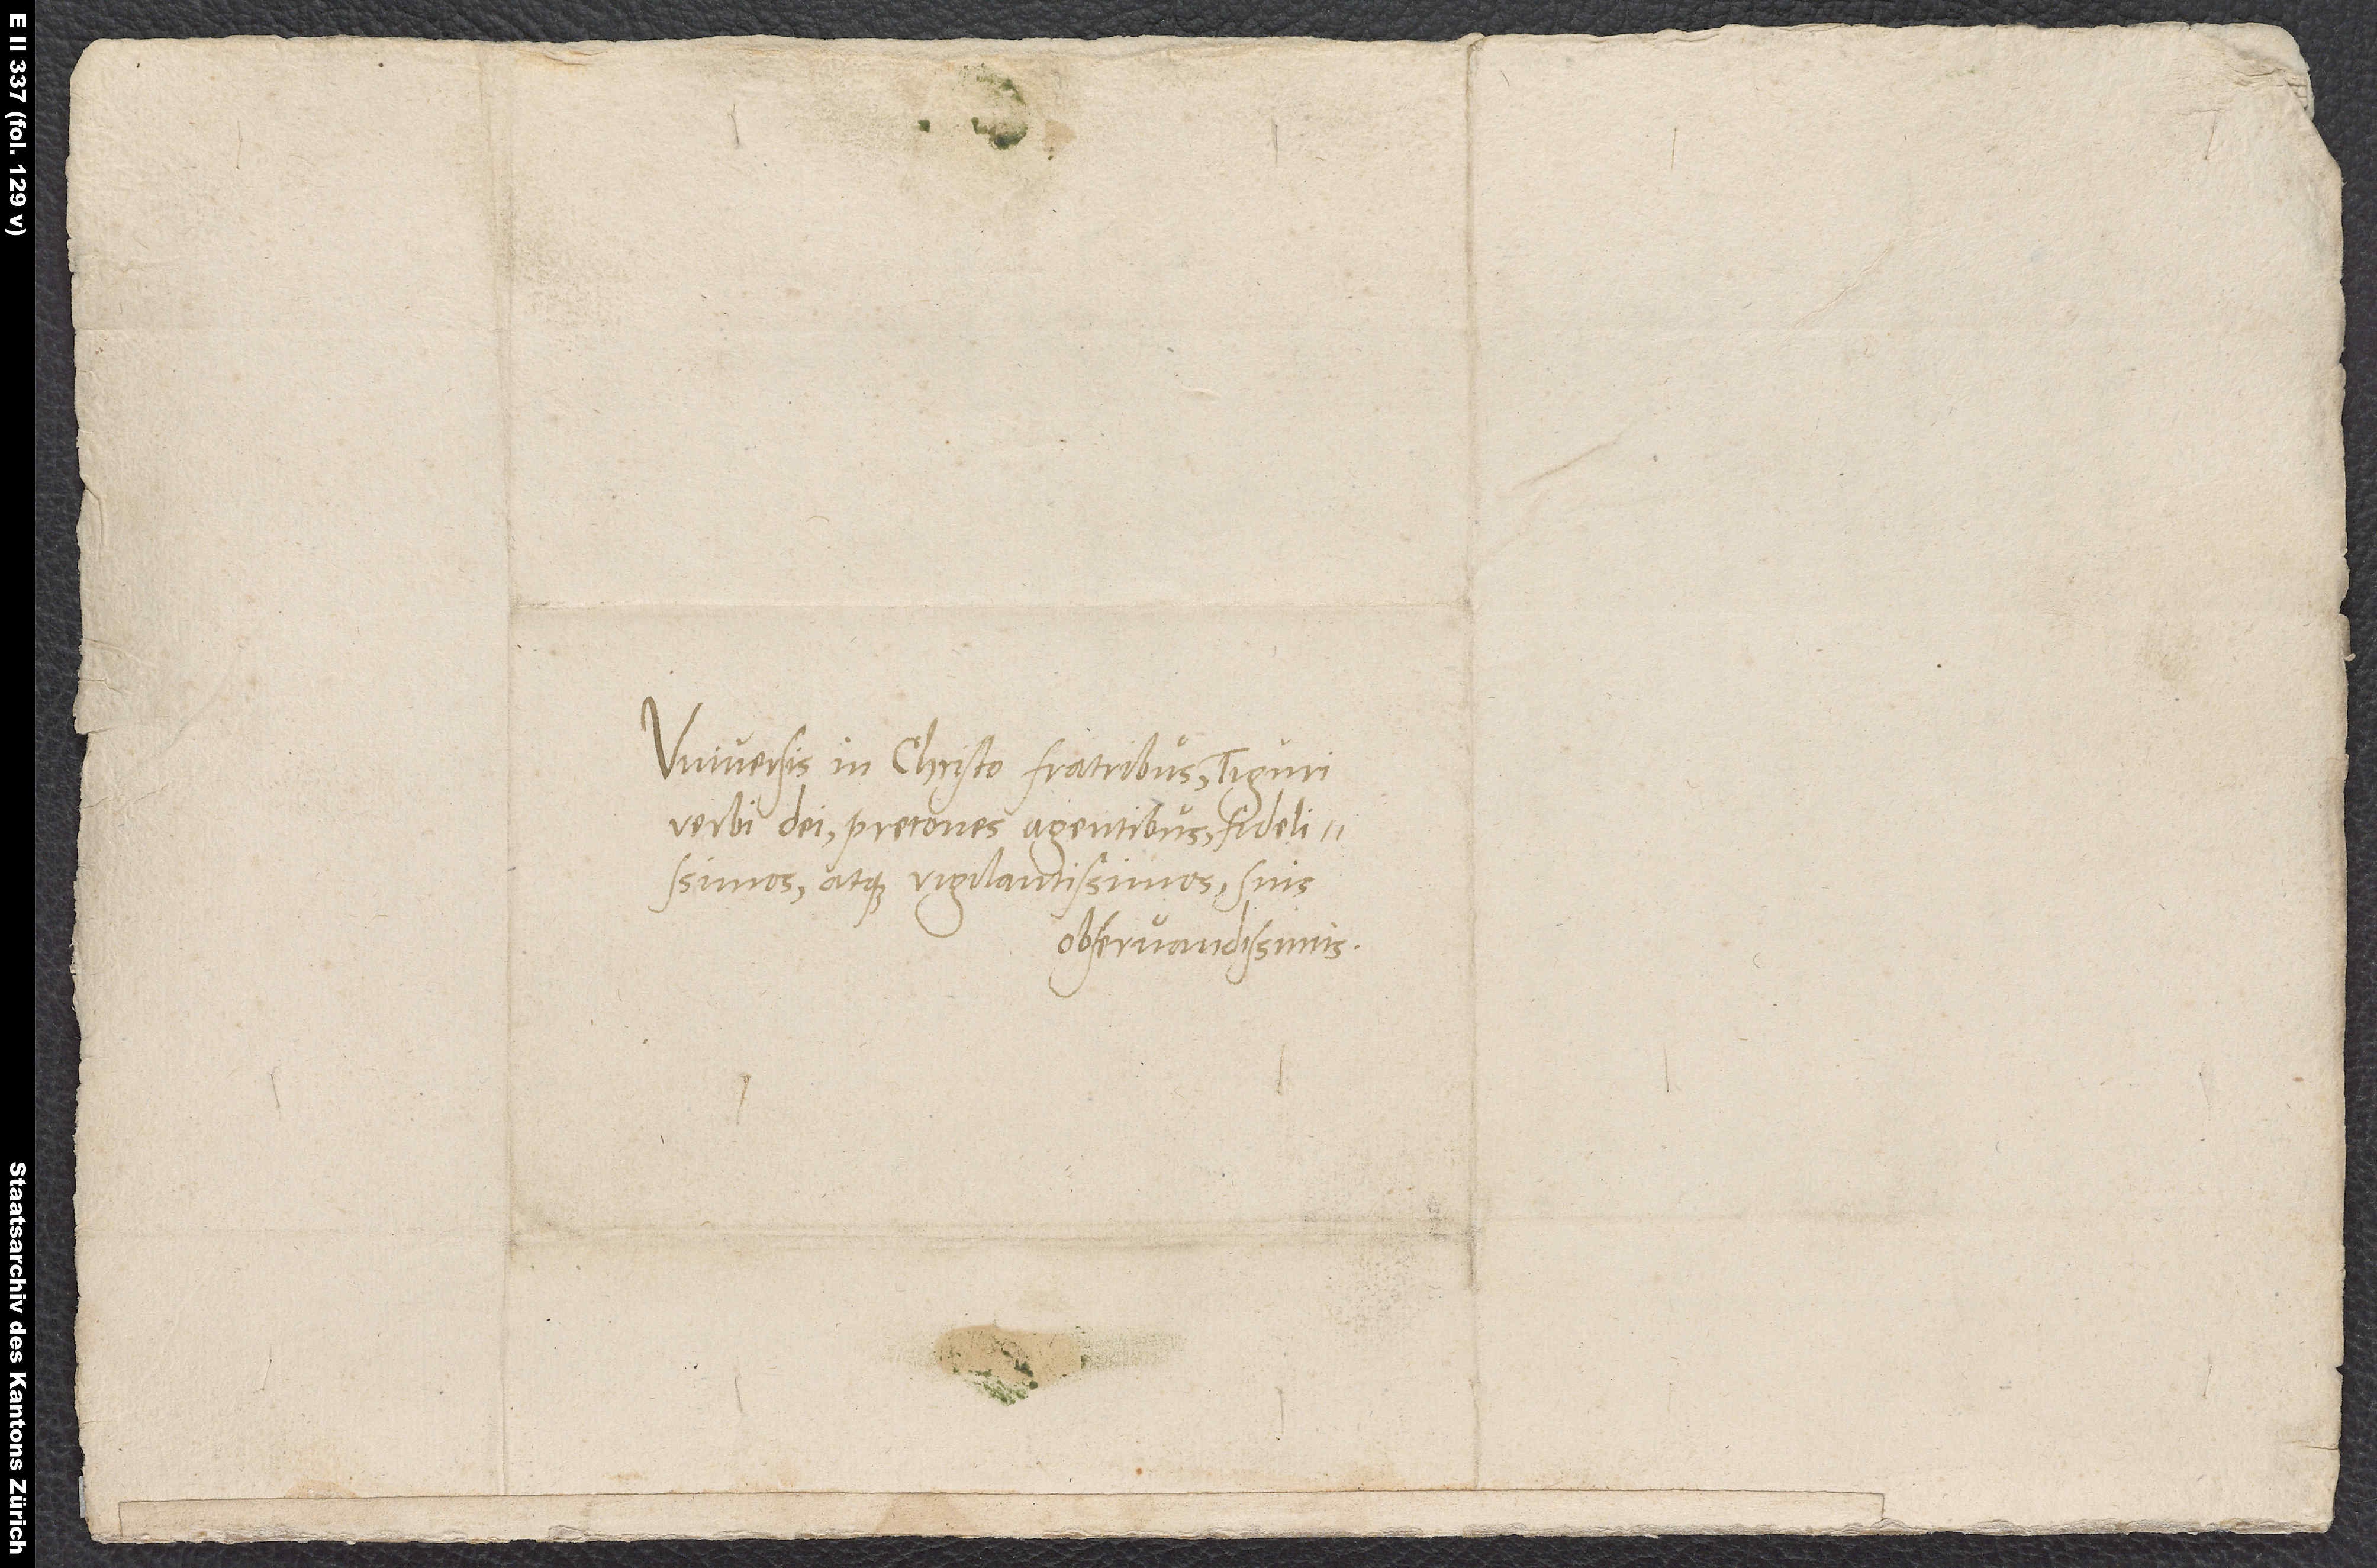
Universis in Christo fratribus Tiguri
verbi dei precones agentibus fidelissimos
atque vigilantissimos suis
observandissimis.